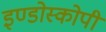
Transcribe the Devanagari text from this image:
इण्डोस्कोपी